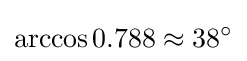
\arccos 0.788\approx 38^{\circ }